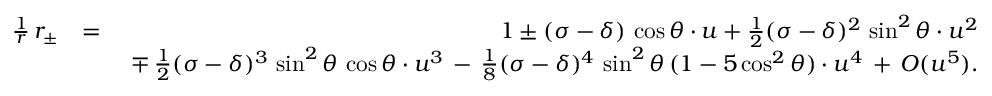
\begin{array} { r l r } { \frac { 1 } { r } \, r _ { \pm } } & { = } & { 1 \pm ( \sigma - \delta ) \, \cos \theta \cdot u + \frac { 1 } { 2 } ( \sigma - \delta ) ^ { 2 } \, \sin ^ { 2 } \theta \cdot u ^ { 2 } } \\ & { } & { \ \mp \, \frac { 1 } { 2 } ( \sigma - \delta ) ^ { 3 } \, \sin ^ { 2 } \theta \, \cos \theta \cdot u ^ { 3 } \, - \, \frac { 1 } { 8 } ( \sigma - \delta ) ^ { 4 } \, \sin ^ { 2 } \theta \, ( 1 - 5 \cos ^ { 2 } \theta ) \cdot u ^ { 4 } \, + \, { \cal O } ( u ^ { 5 } ) . } \end{array}